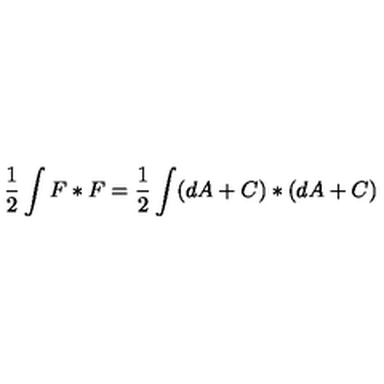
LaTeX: { \frac { 1 } { 2 } } \int F * F = { \frac { 1 } { 2 } } \int ( d A + C ) * ( d A + C )